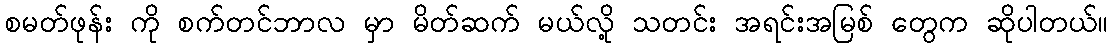
စမတ်ဖုန်း ကို စက်တင်ဘာလ မှာ မိတ်ဆက် မယ်လို့ သတင်း အရင်းအမြစ် တွေက ဆိုပါတယ်။